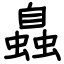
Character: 𧑉